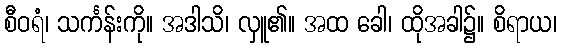
စီဝရံ၊ သင်္ကန်းကို။ အဒါသိ၊ လှူ၏။ အထ ခေါ၊ ထိုအခါ၌။ စိရာယ၊